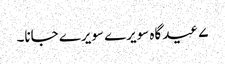
۷ عید گاہ سویرے سویرے جانا۔